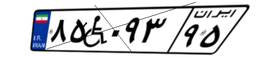
۸۵W۰۹۳۹۵